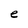
Character: e